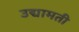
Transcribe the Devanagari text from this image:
उद्यामती